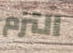
التزم